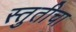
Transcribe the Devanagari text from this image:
स्तुतीचा